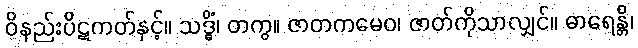
ဝိနည်းပိဋကတ်နှင့်။ သဒ္ဓိံ၊ တကွ။ ဇာတကမေဝ၊ ဇာတ်ကိုသာလျှင်။ ဓာရေန္တိ၊